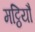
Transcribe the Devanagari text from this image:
मट्ठियौ